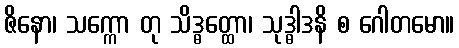
ဇိနော၊ သက္ကော တု သိဒ္ဓတ္ထော၊ သုဒ္ဓါဒနိ စ ဂေါတမော။